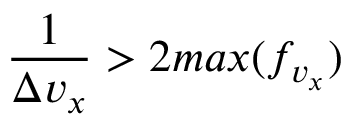
\frac { 1 } { \Delta v _ { x } } > 2 m a x ( f _ { v _ { x } } )